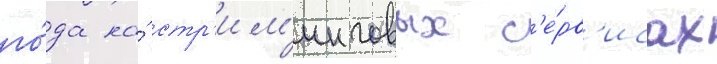
го́да на́ стр'им'инговых с'е́рв'исах